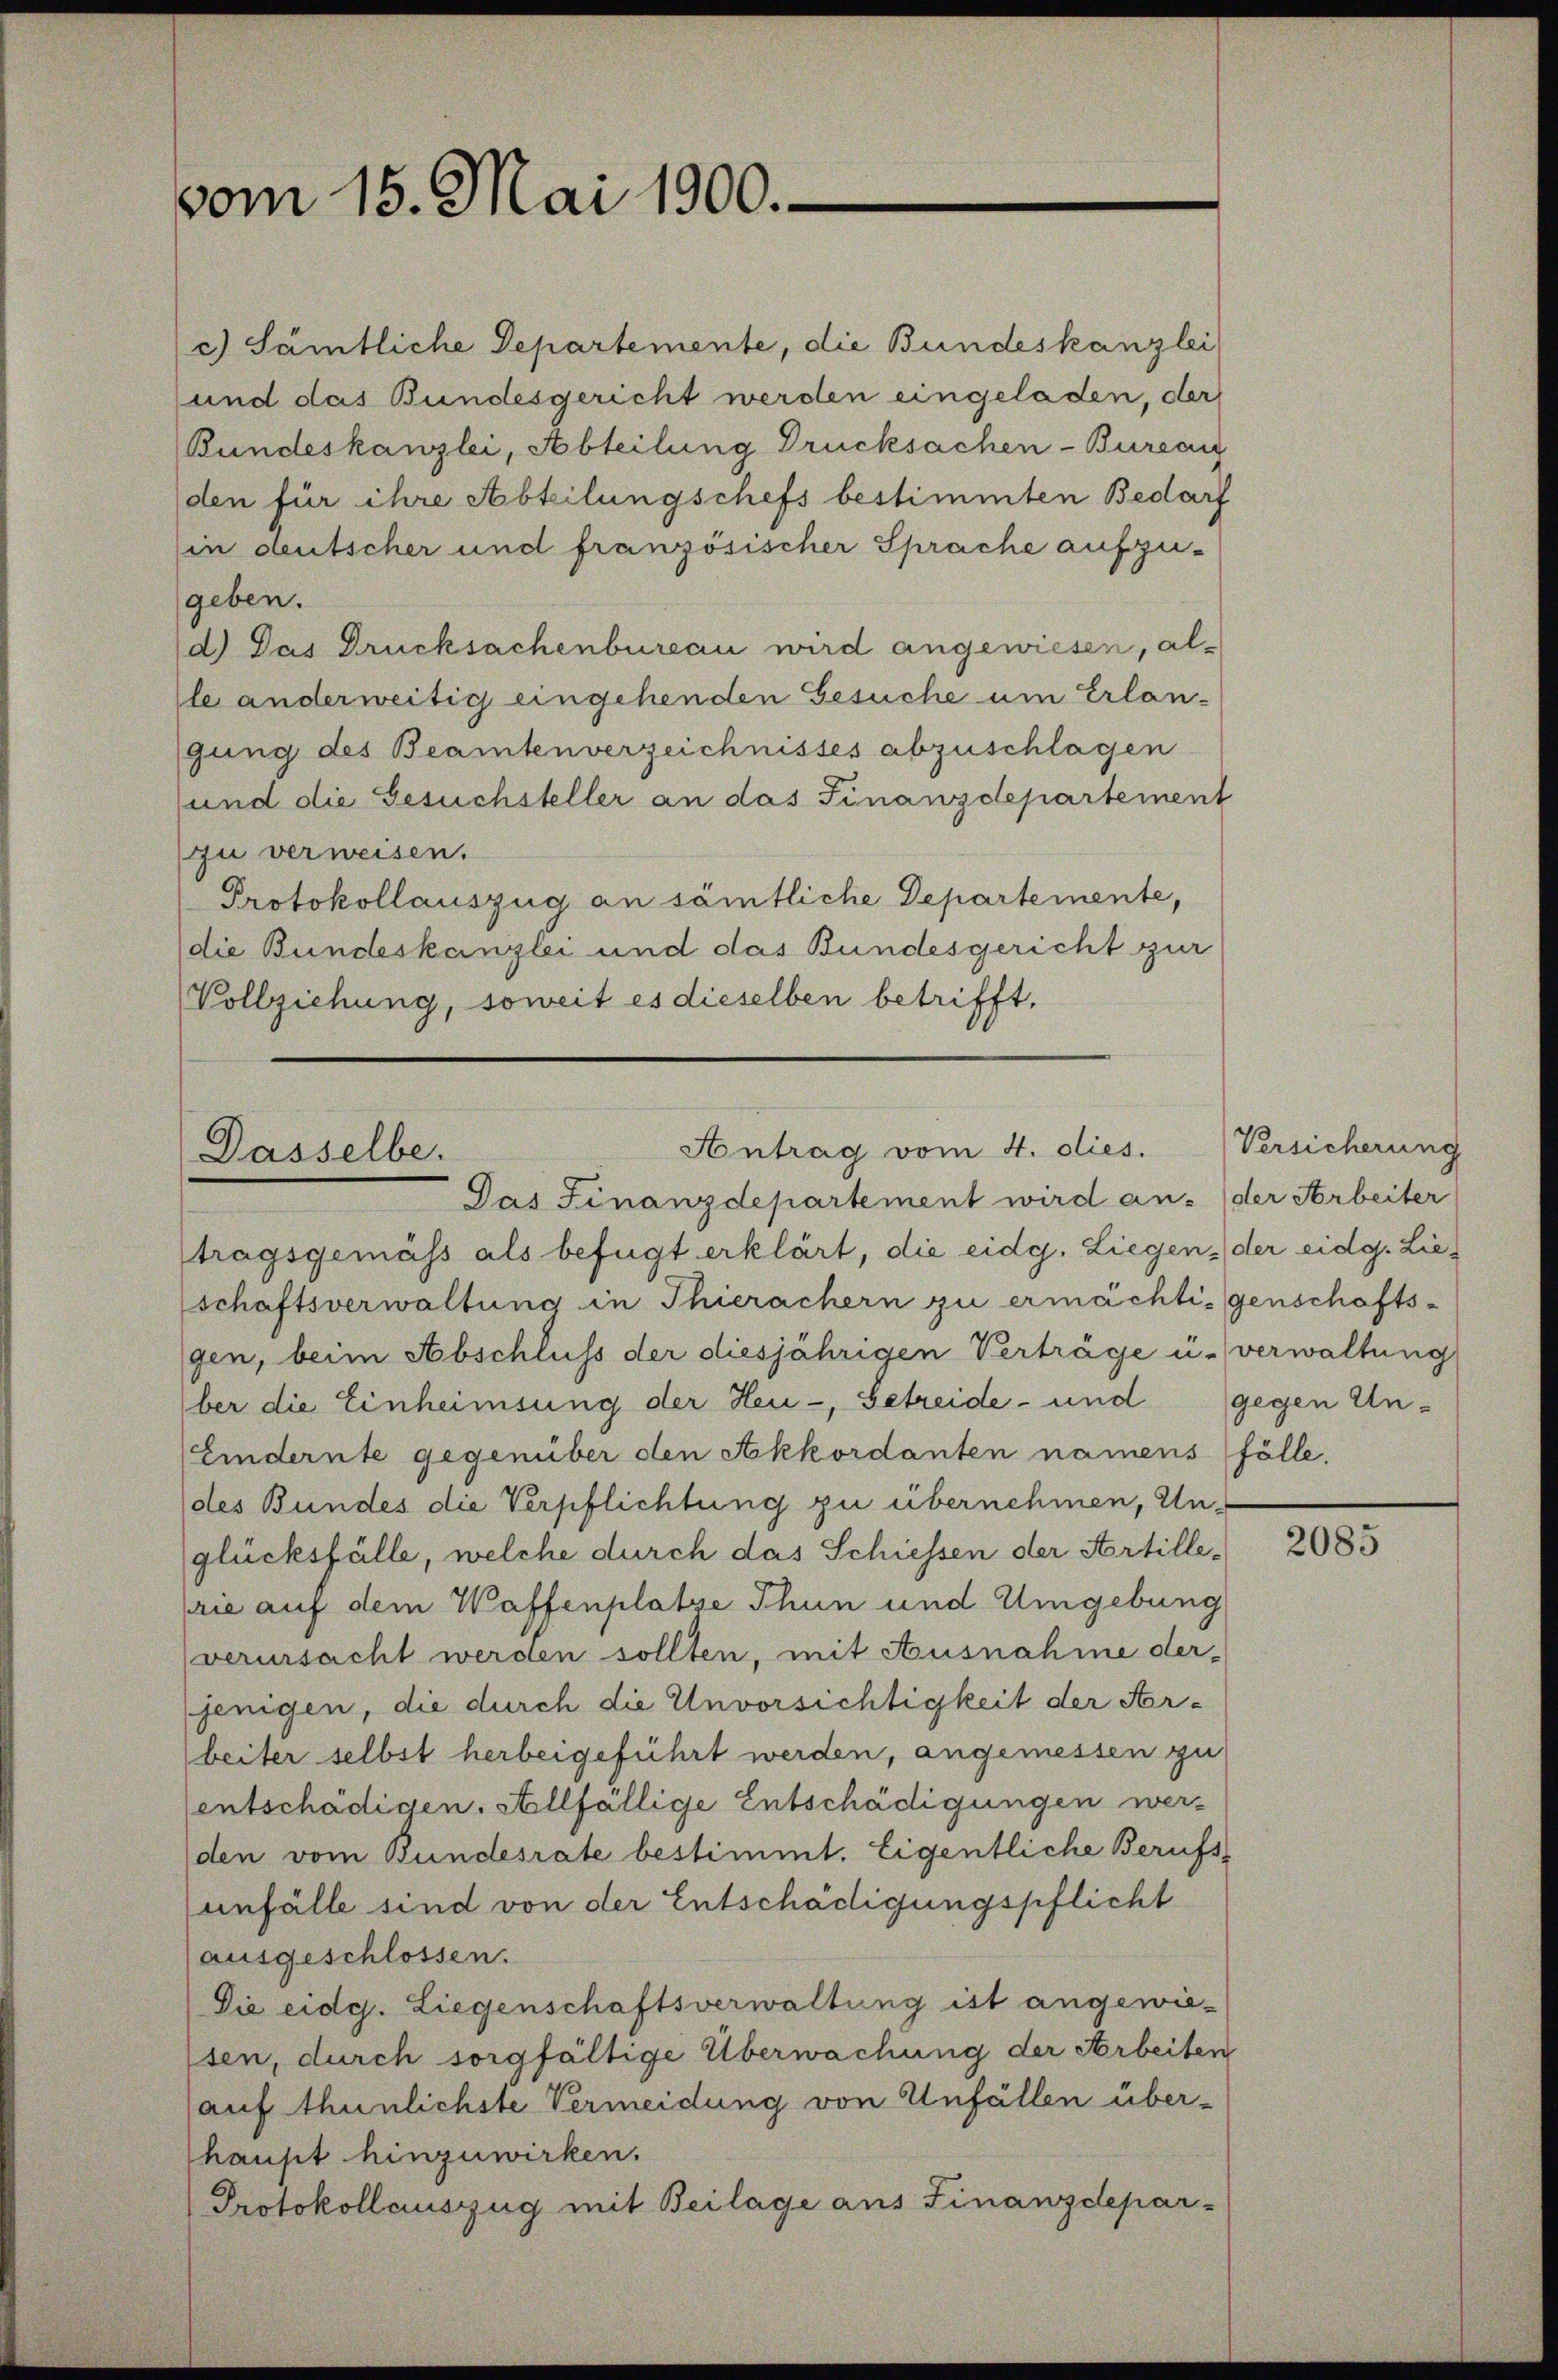
vom 15. Mai 1900.

c) Sämtliche Departemente, die Bundeskanzlei
und das Bundesgericht werden eingeladen, der
Bundeskanzlei, Abteilung Drucksachen-Burea
den für ihre Abteilungschefs bestimmten Bedarf
(in deutscher und französischer Sprache aufzu-
geben.
d.) Das Drucksachenbureau wird angewiesen, allle anderweitig eingehenden Gesuche um Erlan-
gung des Beamtenverzeichnisses abzuschlagen
und die Gesuchsteller an das Finanzdepartement
zu verweisen.
Protokollauszug an sämtliche Departemente,
die Bundeskanzlei und das Bundesgericht zur
Vollziehung, soweit es dieselben betrifft,

Antrag vom 4. dies. (Versicherung
Dasselbe.
Das Finanzdepartement wird aus (der Arbeiter

tragsgemäss als befügt erklärt, die eidg. Liegen, der eidg. Lieschaftsverwaltung in Thierachern zu ermächtigenschaftsgen, beim Abschluss der diesjährigen Verträge u. verwaltung
ber die Einheimsung der Heu-, Getreide- und gegen Un¬
(Eindernte gegenüber den Akkordanten namens fölle.
des Bundes die Verpflichtung zu übernehmen, Unglücksfälle, welche durch das Schiessen der Artillerie auf dem Waffenplatze Thun und Umgebung
verursacht werden sollten, mit Ausnahme der-
jenigen, die durch die Unvorsichtigkeit der Arbeiter selbst herbeigeführt werden, angemessen zu
sentschädigen. Allfällige Entschädigungen werden vom Bundesrate bestimmt. Eigentliche Berufsanfälle sind von der Entschädigungspflicht
(ausgeschlossen.
Die eidg. Liegenschaftsverwaltung ist angewiesen, durch sorgfältige Überwachung der Arbeiten
(auf thunlichste Vermeidung von Unfällen überhaust hinzuwirken.
Protokollauszug mit Beilage aus Finanzdepar-

2085